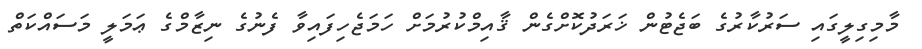
މާމިގިލީގައި ސަރުކާރުގެ ބަޖެޓުން ޚަރަދުކޮށްގެން ޤާއިމްކުރުމަށް ހަމަޖެހިފައިވާ ފެނުގެ ނިޒާމްގެ ޢަމަލީ މަސައްކަތް